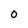
Character: O